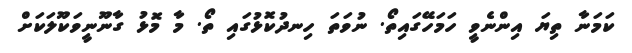
ކަމަނާ ތިޔަ އިންނެވީ ހަމަހޭގައިތޯ. ނުވަތަ ހިނދުކޮޅުގައި ތޯ. މާ މޮޅު ގާނޫނީވަކޫލަކަށް